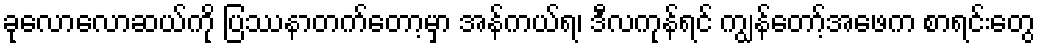
ခုလောလောဆယ်ကို ပြဿနာတက်တော့မှာ အန်ကယ်ရ၊ ဒီလကုန်ရင် ကျွန်တော့်အဖေက စာရင်းတွေ